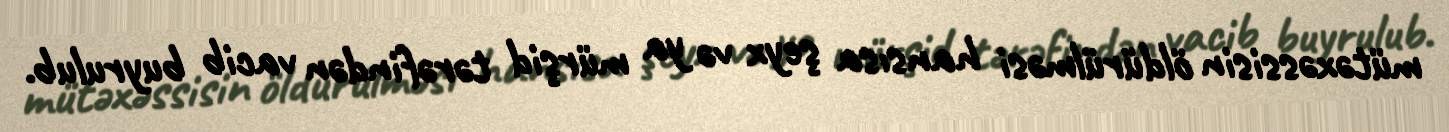
mütəxəssisin öldürülməsi hansısa şeyx və ya mürşid tərəfindən vacib buyrulub.